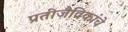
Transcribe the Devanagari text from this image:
प्रतीजैविकांचे